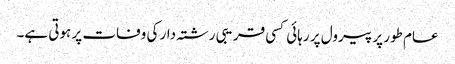
عام طور پر پیرول پر رہائی کسی قریبی رشتہ دار کی وفات پر ہوتی ہے۔